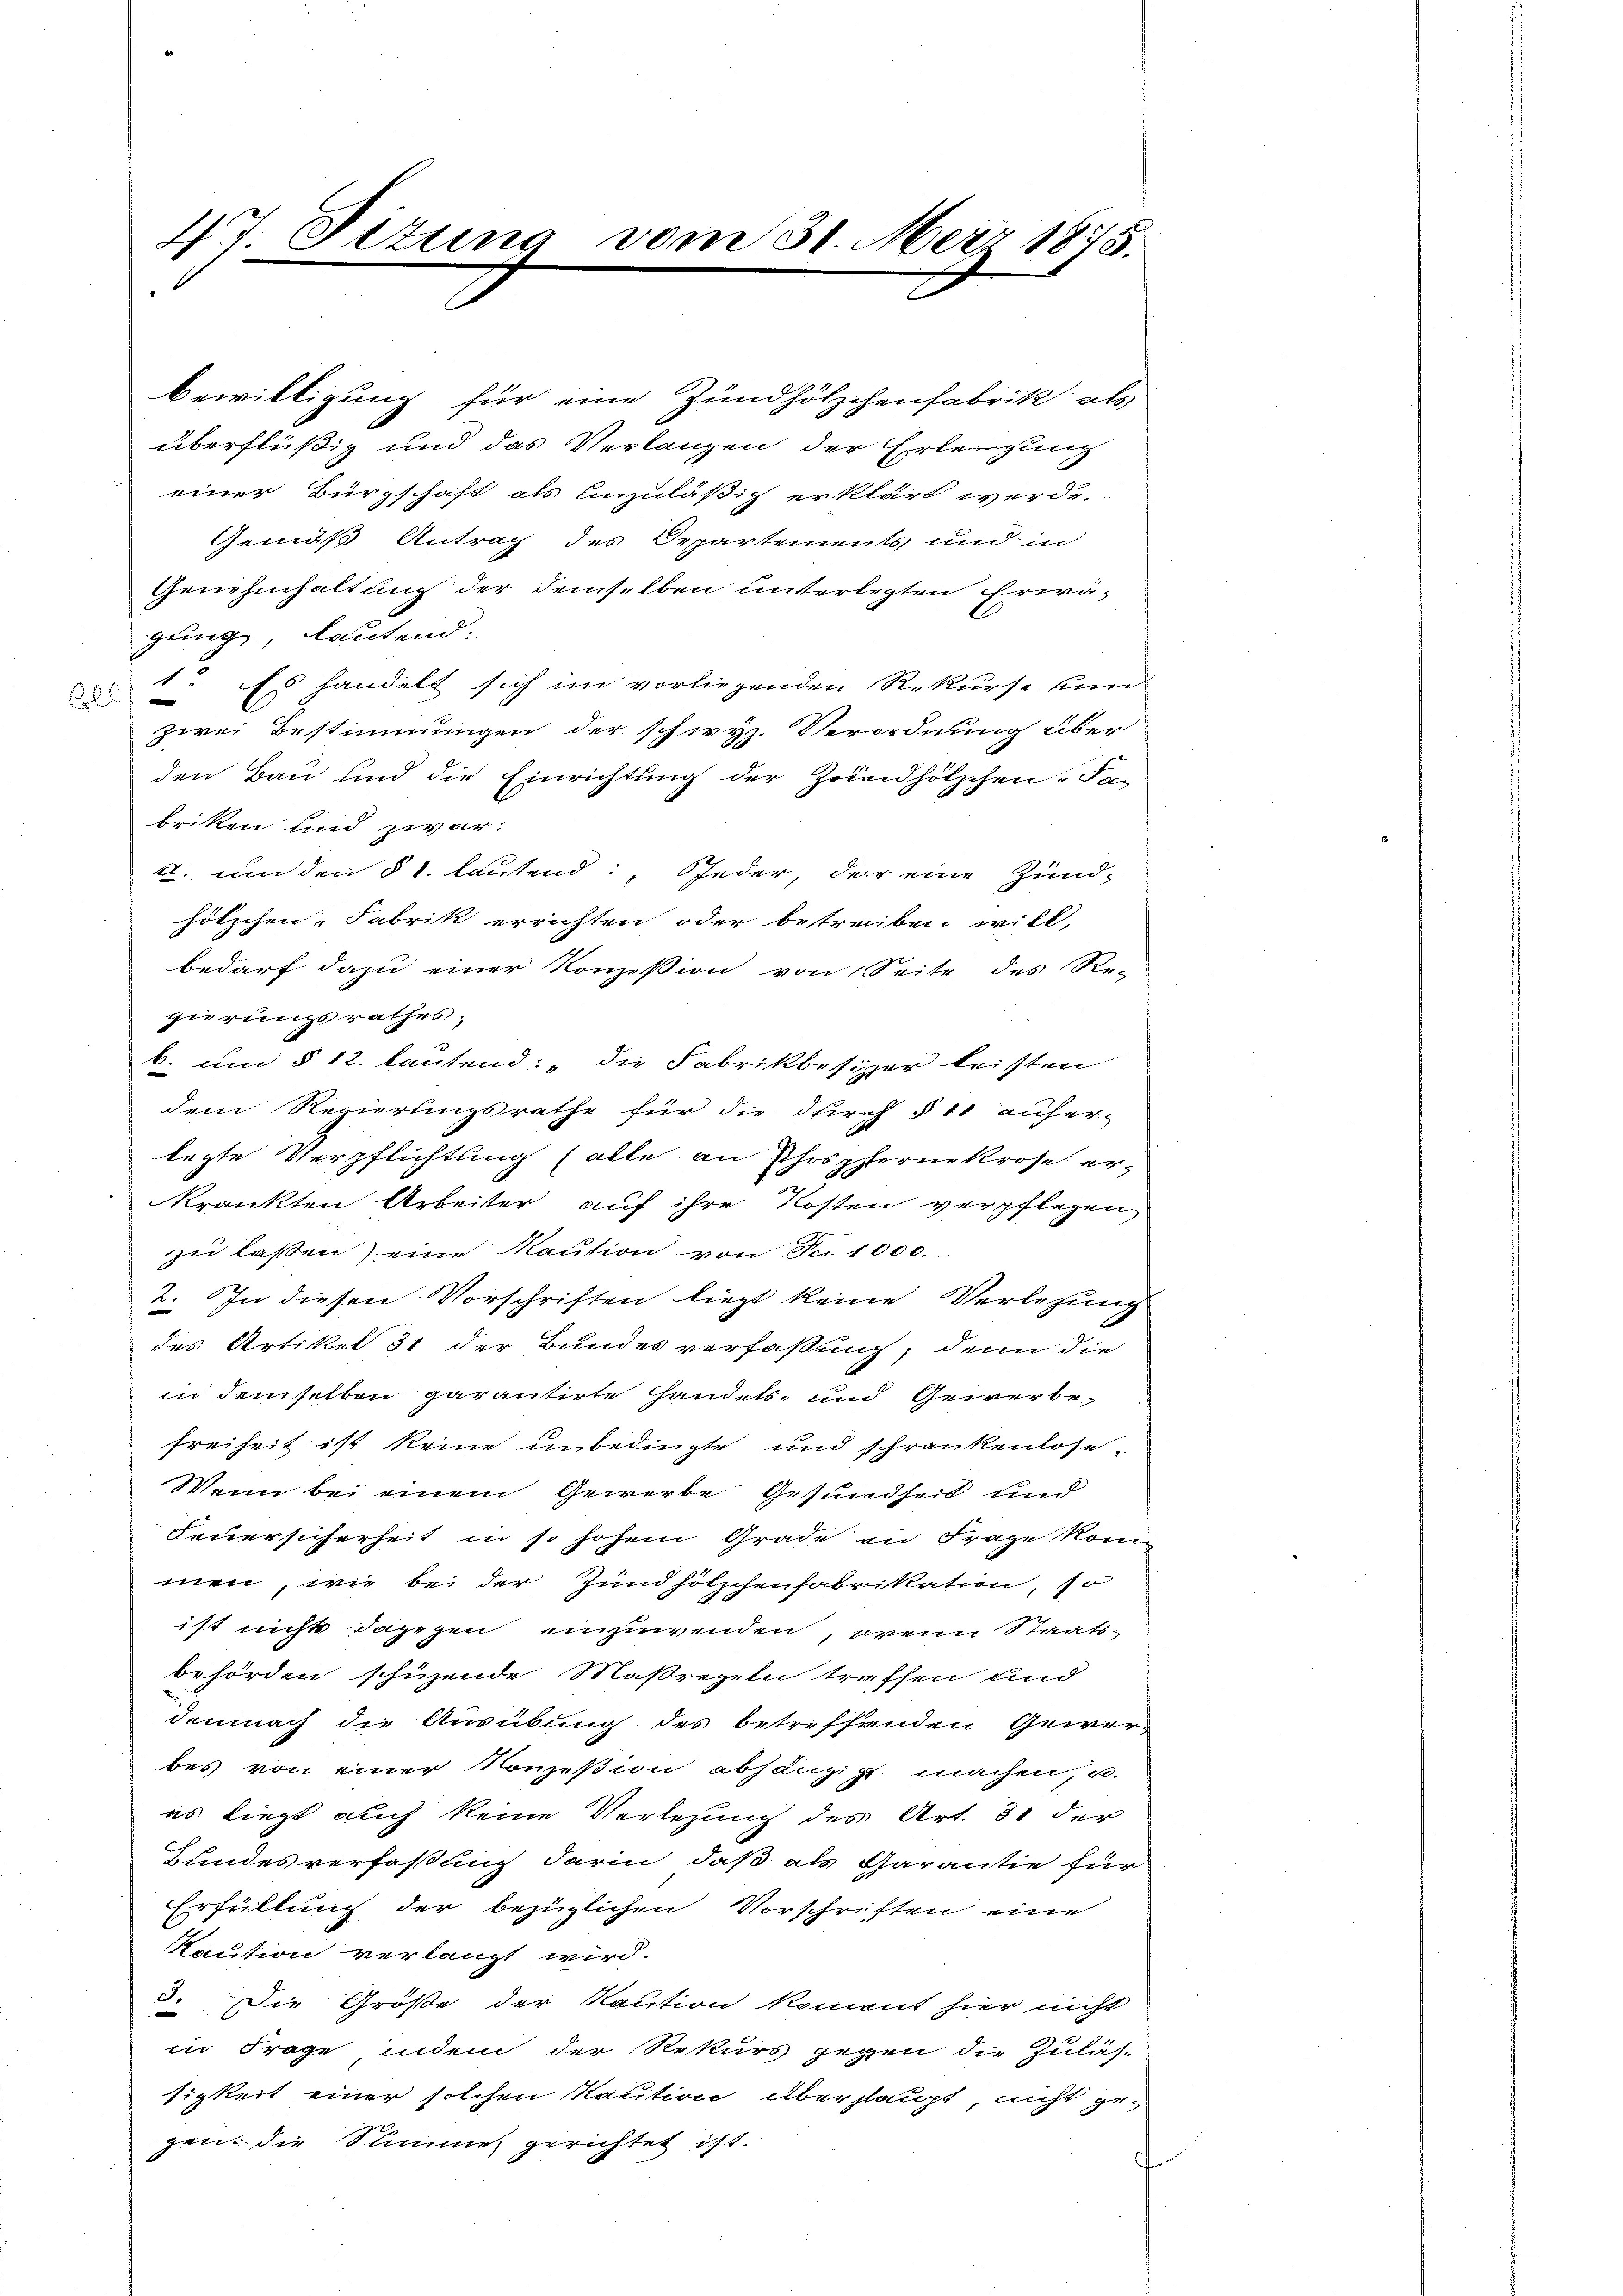
47 Pitung

vom 31. Merz 1875.
2

bewilligung für eine Zündhölzchenfabrik als
überflüßig und das Verlangen der Erlegung
einer Bürgschaft als unzuläßig erklärt werde.
Gemäß Antrag des Departements und in
Genehmhaltung der demselben unterlegten Erwägung, lautend:
1. Es handelt sich im vorliegenden Rekurse un
2
zwei Bestimmungen der schwyz. Verordnung über
den Bau und die Einrichtung der Zoiedhölzchen „Sa-
briken und zwar:
. um den § 1. lautend: Sfeder, der eine Zund-
hölzchen, Fabrik errichten oder betreiben will,
bedarf dazu einer Konzession von Seite des Re-
girungsrathes;
C. um § 12. lautend: „die Fabrikbesizer leisten
dem Regierungsrathe für die durch § 11 aufer-
legte Verpflichtung (alle an Phosphornekrose erkrankten Arbeiter auf ihre Kosten verpflegen
zu lassen) eine Maution von Fr. 1000.-
2. In diesen Vorschriften liegt keine Verlesung
des Artikel 31 der Bundesverfaßung, denn die
in demselben garantirte Handels- und Gewerbe
freiheit ist keine unbedingte und schrankenlose
Wenn bei einem Gewerbe Gesundheit und
Feuersicherheit in so hohem Grade in Frage kom
men, wie bei der Zündhölzchenfabrikation, so
ist nichts dagegen einzuwenden, wenn Staatsbehörden schizende Maßregeln treffen und
demnach die Ausübung des betreffenden Gewer-
bes von einer Konzesion abhängig machen, u.
es liegt auch keine Verlegung des Art. 31 der
Hundesverfaßung darin, daß als Charantie für
Erfüllung der bezüglichen Vorschriften eine
Kaution verlangt wird.
3. Die Größe der Kaution kommt hier nicht
in Frage indem der Rekurs gegen die Zulästigkeit einer solchen Kaution überhaupt, nicht gegen die Summe gerichtet ist.